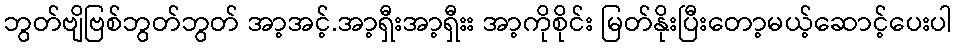
ဘွတ်ဗျိဗြစ်ဘွတ်ဘွတ် အာ့အင့်.အာ့ရှီးအာ့ရှီးး အာ့ကိုစိုင်း မြတ်နိုးပြီးတော့မယ့်ဆောင့်ပေးပါ